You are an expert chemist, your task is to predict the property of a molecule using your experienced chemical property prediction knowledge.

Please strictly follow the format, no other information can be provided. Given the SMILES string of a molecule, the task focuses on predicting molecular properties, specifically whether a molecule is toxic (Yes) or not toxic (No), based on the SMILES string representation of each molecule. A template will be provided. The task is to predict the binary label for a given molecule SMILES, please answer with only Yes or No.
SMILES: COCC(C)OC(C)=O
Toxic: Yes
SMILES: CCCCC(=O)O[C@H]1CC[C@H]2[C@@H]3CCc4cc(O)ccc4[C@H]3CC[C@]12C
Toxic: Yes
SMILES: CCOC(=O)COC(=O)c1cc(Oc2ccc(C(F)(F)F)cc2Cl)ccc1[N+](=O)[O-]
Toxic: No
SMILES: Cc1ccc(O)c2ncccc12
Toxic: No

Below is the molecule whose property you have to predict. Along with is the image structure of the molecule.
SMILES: CC[C@]12CCCN3CCc4c(n(c5ccccc45)C(=O)C1)[C@@H]32
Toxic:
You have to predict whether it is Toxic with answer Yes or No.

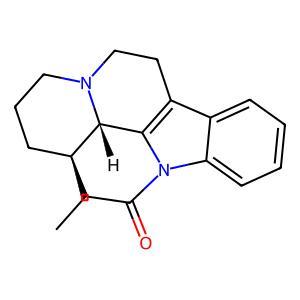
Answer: No